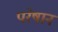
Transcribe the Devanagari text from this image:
परेषान